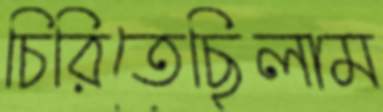
চিরিতেছিলাম